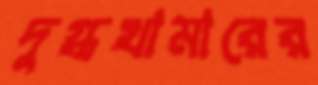
দুগ্ধখামারের